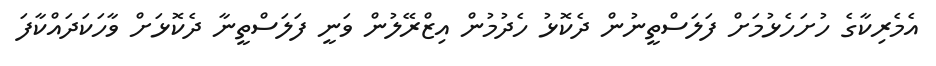
އެމެރިކާގެ ހުށަހެޅުމަށް ފަލަސްތީނުން ދެކޮޅު ހެދުމުން އިޒްރޭލުން ވަނީ ފަލަސްތީނާ ދެކޮޅަށް ވާހަކަދައްކާފަ